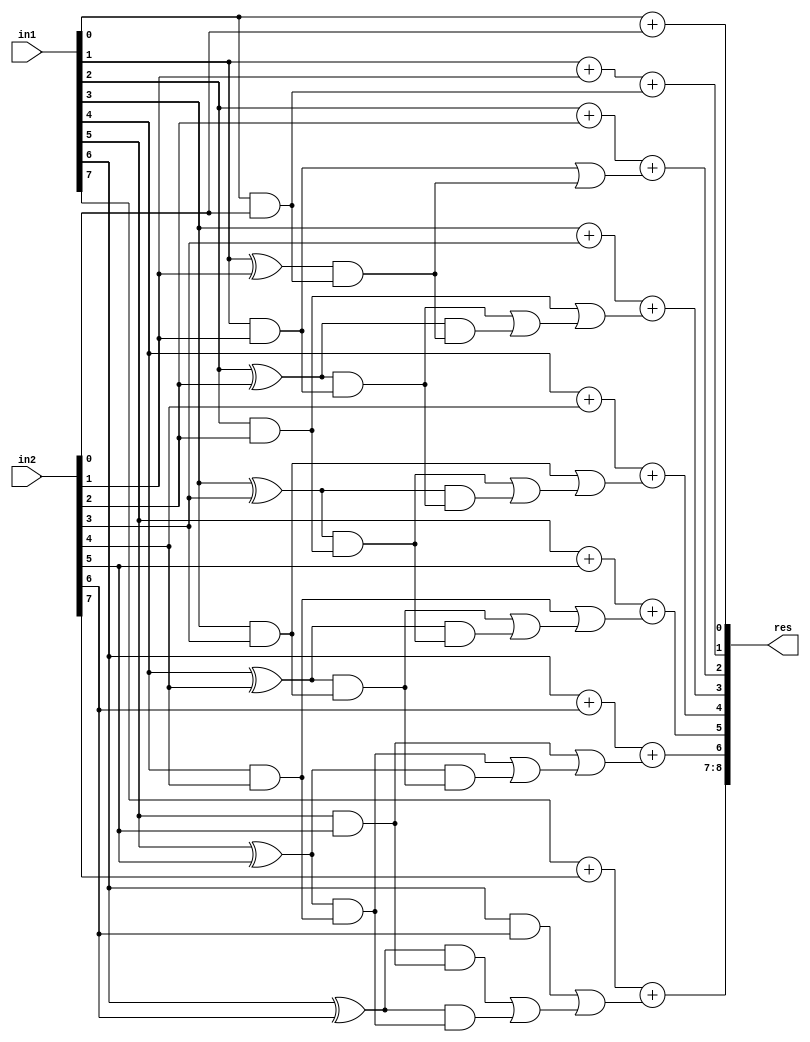
`timescale 1ns / 1ps
//////////////////////////////////////////////////////////////////////////////////
// Company: 
// Engineer: 
// 
// Create Date:     
// Design Name: 
// Module Name:    GDA_St_N8_M8_P3 
// Project Name: 
// Target Devices: 
// Tool versions: 
// Description: 
//
// Dependencies: 
//
// Revision: 
// Revision 0.01 - File Created
// Additional Comments: 
//
//////////////////////////////////////////////////////////////////////////////////
module GDA_St_N8_M8_P3(
    input  [7:0] in1,
    input  [7:0] in2,
    output [8:0] res
    );

wire [2:0] 	temp1, temp2, temp3, temp4, temp5, temp6, temp7, temp8;
wire  		p0,p1,p2,p3,p4,p5,p6,g0,g1,g2,g3,g4,g5,g6,c1,c2,c3,c4,c5,c6,c7;
wire			p1c1,p2c2,p3c3,p4c4,p5c5,p6c6,p2p1c1,p3p2c2,p4p3c3,p5p4c4,p6p5c5;
wire 			carry_pred_1,carry_pred_2,carry_pred_3,carry_pred_4,carry_pred_5,carry_pred_6;
wire 			carry_pred_2_1;
wire 			carry_pred_3_2;
wire 			carry_pred_4_3;
wire 			carry_pred_5_4;
wire 			carry_pred_6_5;

and and_0(g0,in1[0],in2[0]);
and and_1(g1,in1[1],in2[1]);
and and_2(g2,in1[2],in2[2]);
and and_3(g3,in1[3],in2[3]);
and and_4(g4,in1[4],in2[4]);
and and_5(g5,in1[5],in2[5]);
and and_6(g6,in1[6],in2[6]);

xor xor_0(p0,in1[0],in2[0]);
xor xor_1(p1,in1[1],in2[1]);
xor xor_2(p2,in1[2],in2[2]);
xor xor_3(p3,in1[3],in2[3]);
xor xor_4(p4,in1[4],in2[4]);
xor xor_5(p5,in1[5],in2[5]);
xor xor_6(p6,in1[6],in2[6]);

assign c1 = g0;

assign c2 = g1;
and and_7(p1c1,p1,c1);
or or_0(carry_pred_1,c2,p1c1);

assign c3 = g2;
and and_8(p2c2,p2,c2);
and and_9(p2p1c1,p2,p1c1);
or or_1(carry_pred_2_1,p2c2,p2p1c1);
or or_2(carry_pred_2,c3,carry_pred_2_1);

assign c4 = g3;
and and_10(p3c3,p3,c3);
and and_11(p3p2c2,p3,p2c2);
or or_4(carry_pred_3_2,p3c3,p3p2c2);
or or_5(carry_pred_3,c4,carry_pred_3_2);

assign c5 = g4;
and and_13(p4c4,p4,c4);
and and_14(p4p3c3,p4,p3c3);
or or_8(carry_pred_4_3,p4c4,p4p3c3);
or or_9(carry_pred_4,c5,carry_pred_4_3);

assign c6 = g5;
and and_17(p5c5,p5,c5);
and and_18(p5p4c4,p5,p4c4);
or or_13(carry_pred_5_4,p5c5,p5p4c4);
or or_14(carry_pred_5,c6,carry_pred_5_4);

assign c7 = g6;
and and_22(p6c6,p6,c6);
and and_23(p6p5c5,p6,p5c5);
or or_19(carry_pred_6_5,p6c6,p6p5c5);
or or_20(carry_pred_6,c7,carry_pred_6_5);

// Results

assign temp1[1:0] = in1[0] + in2[0];
assign temp2[1:0] = in1[1] + in2[1] + c1;
assign temp3[1:0] = in1[2] + in2[2] + carry_pred_1;
assign temp4[1:0] = in1[3] + in2[3] + carry_pred_2;
assign temp5[1:0] = in1[4] + in2[4] + carry_pred_3;
assign temp6[1:0] = in1[5] + in2[5] + carry_pred_4;
assign temp7[1:0] = in1[6] + in2[6] + carry_pred_5;
assign temp8[1:0] = in1[7] + in2[7] + carry_pred_6;
assign res[8:0] = {temp8[1:0],temp7[0],temp6[0],temp5[0],temp4[0],temp3[0],temp2[0],temp1[0]};

endmodule